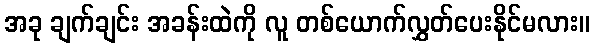
အခု ချက်ချင်း အခန်းထဲကို လူ တစ်ယောက်လွှတ်ပေးနိုင်မလား။